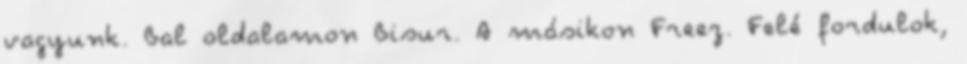
vagyunk. Bal oldalamon Bisur. A másikon Freez. Felé fordulok,